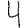
Digit: 4